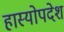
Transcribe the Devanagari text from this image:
हास्योपदेश